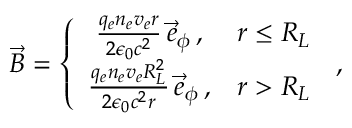
\begin{array} { r l r } & { } & { \vec { B } = \left\{ \begin{array} { c c } { \frac { q _ { e } n _ { e } v _ { e } r } { 2 \epsilon _ { 0 } c ^ { 2 } } \, \vec { e } _ { \phi } \, , } & { r \le R _ { L } } \\ { \frac { q _ { e } n _ { e } v _ { e } R _ { L } ^ { 2 } } { 2 \epsilon _ { 0 } c ^ { 2 } r } \, \vec { e } _ { \phi } \, , } & { r > R _ { L } } \end{array} \right. \, , } \end{array}